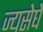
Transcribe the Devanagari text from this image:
ज्यसेघे